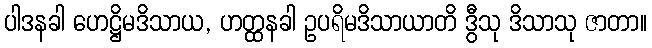
ပါဒနခါ ဟေဋ္ဌိမဒိသာယ, ဟတ္ထနခါ ဥပရိမဒိသာယာတိ ဒွီသု ဒိသာသု ဇာတာ။